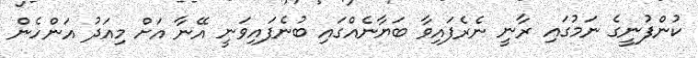
ކުންފުނީގެ ނަމުގައި ރާނީ ނެރެފައިވާ ބަޔާނެއްގައި ބުނެފައިވަނީ އޭނާ އަށް މިއަދު އަންހެން